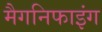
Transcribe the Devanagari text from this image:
मैगनिफाइंग